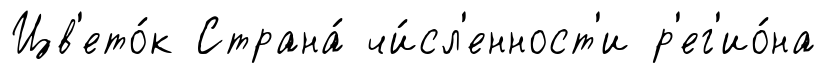
Цв'ето́к Страна́ чи́сл'енност'и р'ег'ио́на